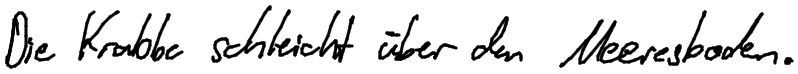
Die Krabbe schleicht über den Meeresboden.